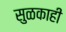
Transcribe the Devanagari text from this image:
सुळकाही